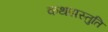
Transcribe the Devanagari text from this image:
कथाप्रस्तुति